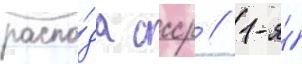
распа́да ссср // 1-я́